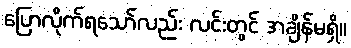
ပြောလိုက်ရသော်လည်း လင်းတွင် အချိန်မရှိ။